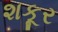
શકૂર